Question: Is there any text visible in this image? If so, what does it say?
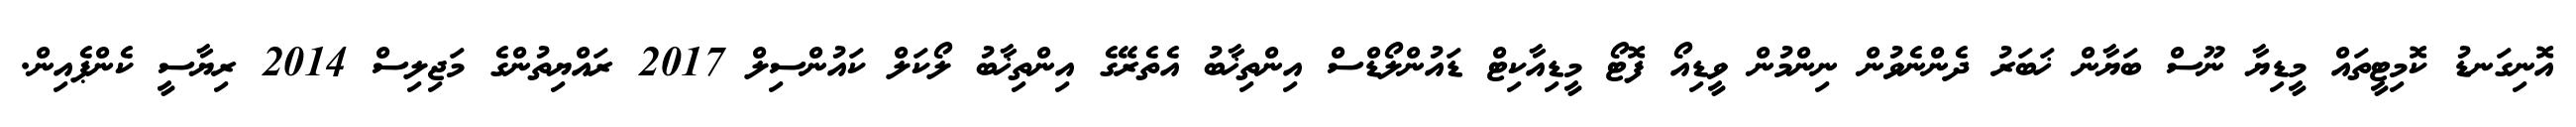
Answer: އޮނިގަނޑު ކޮމިޓީތައް މީޑިޔާ ނޫސް ބަޔާން ޚަބަރު ދެންނެވުން ނިންމުން ވީޑިއޯ ފޮޓޯ މީޑިއާކިޓް ޑައުންލޯޑްސް އިންތިޚާބު އެތެރޭގެ އިންތިޚާބު ލޯކަލް ކައުންސިލް 2017 ރައްޔިތުންގެ މަޖިލިސް 2014 ރިޔާސީ ކެންޕެއިން.